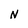
Character: N